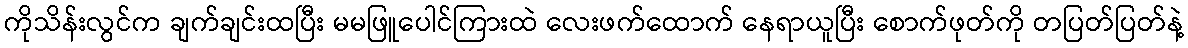
ကိုသိန်းလွင်က ချက်ချင်းထပြီး မမဖြူပေါင်ကြားထဲ လေးဖက်ထောက် နေရာယူပြီး စောက်ဖုတ်ကို တပြတ်ပြတ်နဲ့